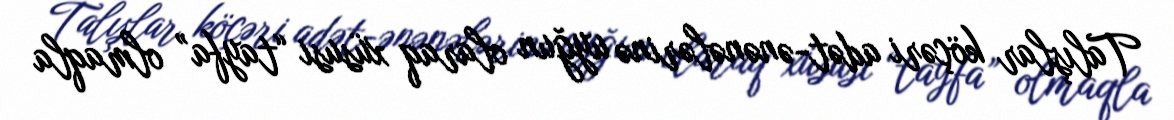
Talışlar köçəri adət-ənənələrinə uyğun olaraq xüsusi “tayfa” olmaqla